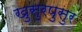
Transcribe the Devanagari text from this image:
खुसुरपुसुर